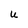
Character: U